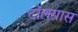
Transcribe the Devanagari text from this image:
टॉलग्रास